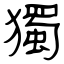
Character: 獨